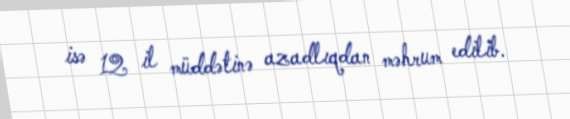
isə 12 il müddətinə azadlıqdan məhrum edilib.